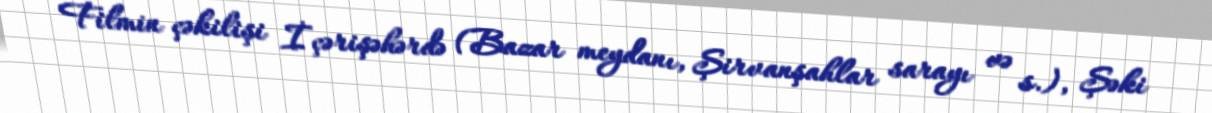
Filmin çəkilişi İçərişəhərdə (Bazar meydanı, Şirvanşahlar sarayı və s.), Şəki